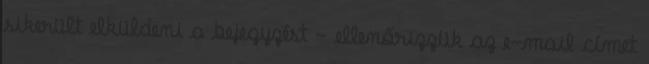
sikerült elküldeni a bejegyzést - ellenőrizzük az e-mail címet